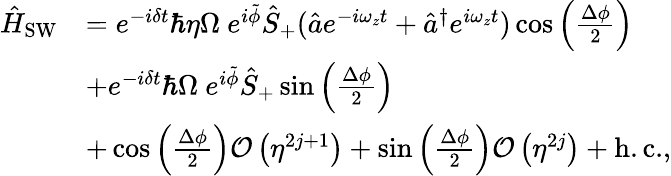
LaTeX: \begin{array}{rl}{\hat{H}_{\mathrm{SW}}}&{=e^{-i\delta t}\hbar\eta\Omega\ e^{i\tilde{\phi}}\hat{S}_{+}(\hat{a}e^{-i\omega_{z}t}+\hat{a}^{\dagger}e^{i\omega_{z}t})\cos\left(\frac{\Delta\phi}{2}\right)}\\ &{+e^{-i\delta t}\hbar\Omega\ e^{i\tilde{\phi}}\hat{S}_{+}\sin\left(\frac{\Delta\phi}{2}\right)}\\ &{+\cos\left(\frac{\Delta\phi}{2}\right)\mathcal{O}\left(\eta^{2j+1}\right)+\sin\left(\frac{\Delta\phi}{2}\right)\mathcal{O}\left(\eta^{2j}\right)+\mathrm{h.c.},}\end{array}